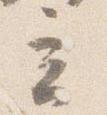
立